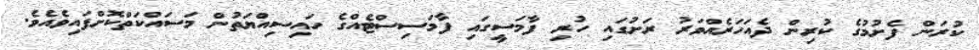
ކުރަން ފެށުމުގެ ކުރިން ދެއަހަރެއްވަރު ރަށުގައި ހުރި ފާމަސީގައި ފާމަސިސްޓެއްގެ ހައިސިއްޔަތުން މަސައްކަތްކޮށްފައިވެއެވެ.